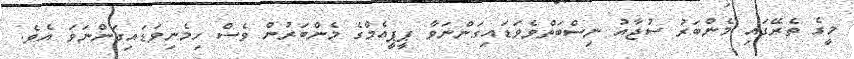
މީގެ ތެރޭގައި މެންބަރު ސުޖާއު ނިސްބަތްވެވަޑައިގަންނަވާ ޕީޕީއެމްގެ މެންބަރުން ވެސް ހިމެނިވަޑައިގަންނަވަ އެވެ.